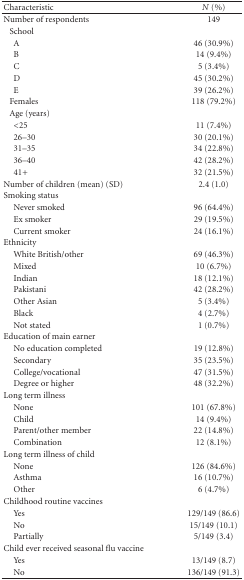
<table><thead><tr><td><b>Characteristic</b></td><td><b><i>N</i> (%)</b></td></tr></thead><tbody><tr><td>Number of respondents</td><td>149</td></tr><tr><td>School</td><td> </td></tr><tr><td> A</td><td>46 (30.9%)</td></tr><tr><td> B</td><td>14 (9.4%)</td></tr><tr><td> C</td><td>5 (3.4%)</td></tr><tr><td> D</td><td>45 (30.2%)</td></tr><tr><td> E</td><td>39 (26.2%)</td></tr><tr><td>Females</td><td>118 (79.2%)</td></tr><tr><td>Age (years)</td><td> </td></tr><tr><td> &lt;25</td><td>11 (7.4%)</td></tr><tr><td> 26–30</td><td>30 (20.1%)</td></tr><tr><td> 31–35</td><td>34 (22.8%)</td></tr><tr><td> 36–40</td><td>42 (28.2%)</td></tr><tr><td> 41+</td><td>32 (21.5%)</td></tr><tr><td>Number of children (mean) (SD)</td><td>2.4 (1.0)</td></tr><tr><td>Smoking status</td><td> </td></tr><tr><td> Never smoked</td><td>96 (64.4%)</td></tr><tr><td> Ex smoker</td><td>29 (19.5%)</td></tr><tr><td> Current smoker</td><td>24 (16.1%)</td></tr><tr><td>Ethnicity</td><td> </td></tr><tr><td> White British/other</td><td>69 (46.3%)</td></tr><tr><td> Mixed</td><td>10 (6.7%)</td></tr><tr><td> Indian</td><td>18 (12.1%)</td></tr><tr><td> Pakistani</td><td>42 (28.2%)</td></tr><tr><td> Other Asian</td><td>5 (3.4%)</td></tr><tr><td> Black</td><td>4 (2.7%)</td></tr><tr><td> Not stated</td><td>1 (0.7%)</td></tr><tr><td>Education of main earner</td><td> </td></tr><tr><td> No education completed</td><td>19 (12.8%)</td></tr><tr><td> Secondary</td><td>35 (23.5%)</td></tr><tr><td> College/vocational</td><td>47 (31.5%)</td></tr><tr><td> Degree or higher</td><td>48 (32.2%)</td></tr><tr><td>Long term illness</td><td> </td></tr><tr><td> None</td><td>101 (67.8%)</td></tr><tr><td> Child</td><td>14 (9.4%)</td></tr><tr><td> Parent/other member</td><td>22 (14.8%)</td></tr><tr><td> Combination</td><td>12 (8.1%)</td></tr><tr><td>Long term illness of child</td><td> </td></tr><tr><td> None</td><td>126 (84.6%)</td></tr><tr><td> Asthma</td><td>16 (10.7%)</td></tr><tr><td> Other</td><td>6 (4.7%)</td></tr><tr><td>Childhood routine vaccines</td><td> </td></tr><tr><td> Yes</td><td>129/149 (86.6)</td></tr><tr><td> No</td><td>15/149 (10.1)</td></tr><tr><td> Partially</td><td>5/149 (3.4)</td></tr><tr><td>Child ever received seasonal flu vaccine</td><td> </td></tr><tr><td> Yes</td><td>13/149 (8.7)</td></tr><tr><td> No</td><td>136/149 (91.3)</td></tr></tbody></table>